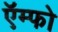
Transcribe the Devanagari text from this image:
ऍम्फो